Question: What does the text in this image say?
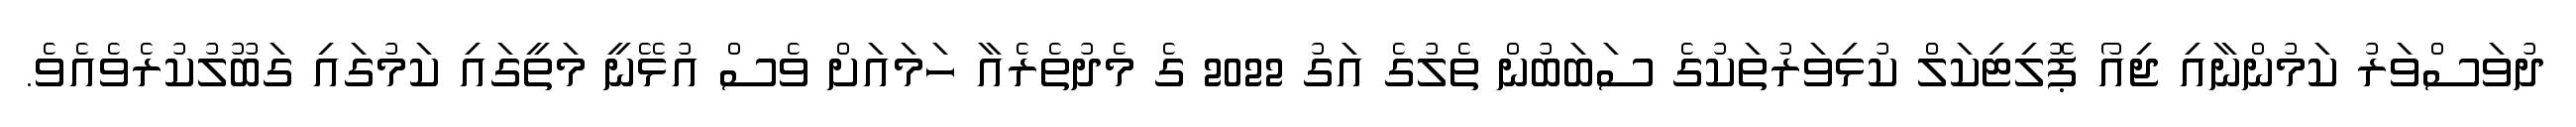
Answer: ދުވަސްވަރު ކަމުންނާއި ޖިއޯ ޕޮލިޓިކަލް ކުޅިވަރުތަކުގެ ސަބަބުން ތެލުގެ އަގު 2022 ގެ މެދުތެރެއާ ހަމައަށް ވެސް އުޅޭނީ މަތީގައި ކަމުގައި ގަބޫލުކުރެވެއެވެ.